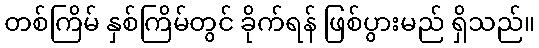
တစ်ကြိမ် နှစ်ကြိမ်တွင် ခိုက်ရန် ဖြစ်ပွားမည် ရှိသည်။